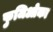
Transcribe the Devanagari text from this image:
फुजिओका